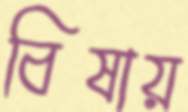
বিষায়